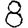
Digit: 8